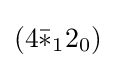
(4{\bar {*}}_{1}2_{0})